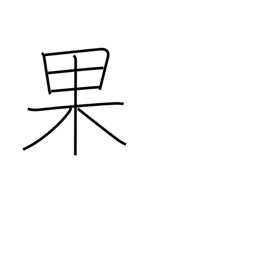
Meaning: succeed